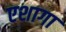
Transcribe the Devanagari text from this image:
एशागा